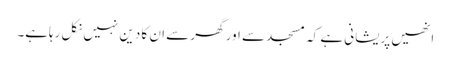
انھیں پریشانی ہے کہ مسجد سے اور گھر سے ان کا دین نہیں نکل رہاہے۔